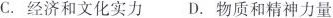
C.经济和文化实力 D.物质和精神力量